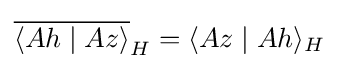
{\overline {\langle Ah\mid Az\rangle }}_{H}=\langle Az\mid Ah\rangle _{H}